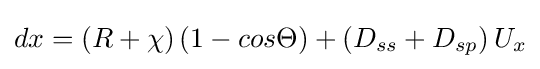
dx=(R+\chi )\left(1-cos\Theta \right)+\left(D_{ss}+D_{sp}\right)U_{x}